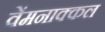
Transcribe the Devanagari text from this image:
वेंमनाक्कल